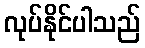
လုပ်နိုင်ပါသည်